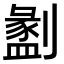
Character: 𠠂